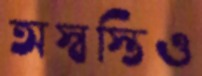
অস্বস্তিও